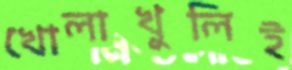
খোলাখুলিই